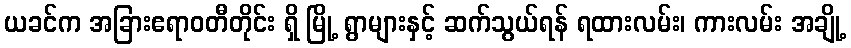
ယခင်က အခြားဧရာဝတီတိုင်း ရှိ မြို့ ရွာများနှင့် ဆက်သွယ်ရန် ရထားလမ်း၊ ကားလမ်း အချို့